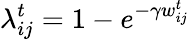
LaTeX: \lambda_{ij}^{t}=1-e^{-\gamma w_{ij}^{t}}